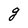
Character: g